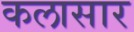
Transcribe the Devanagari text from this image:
कलासार